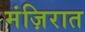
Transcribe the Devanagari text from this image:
मंज़िरात